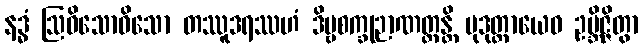
နဒ္ဓံ ဩဓိသောဓိသော တဿူဒရဿဟံ ဒိဗ္ဗစက္ခုဉာဏတ္ထန္တိ မုဒုတ္တာယေဝ ဥဗ္ဘိဇ္ဇိတွာ